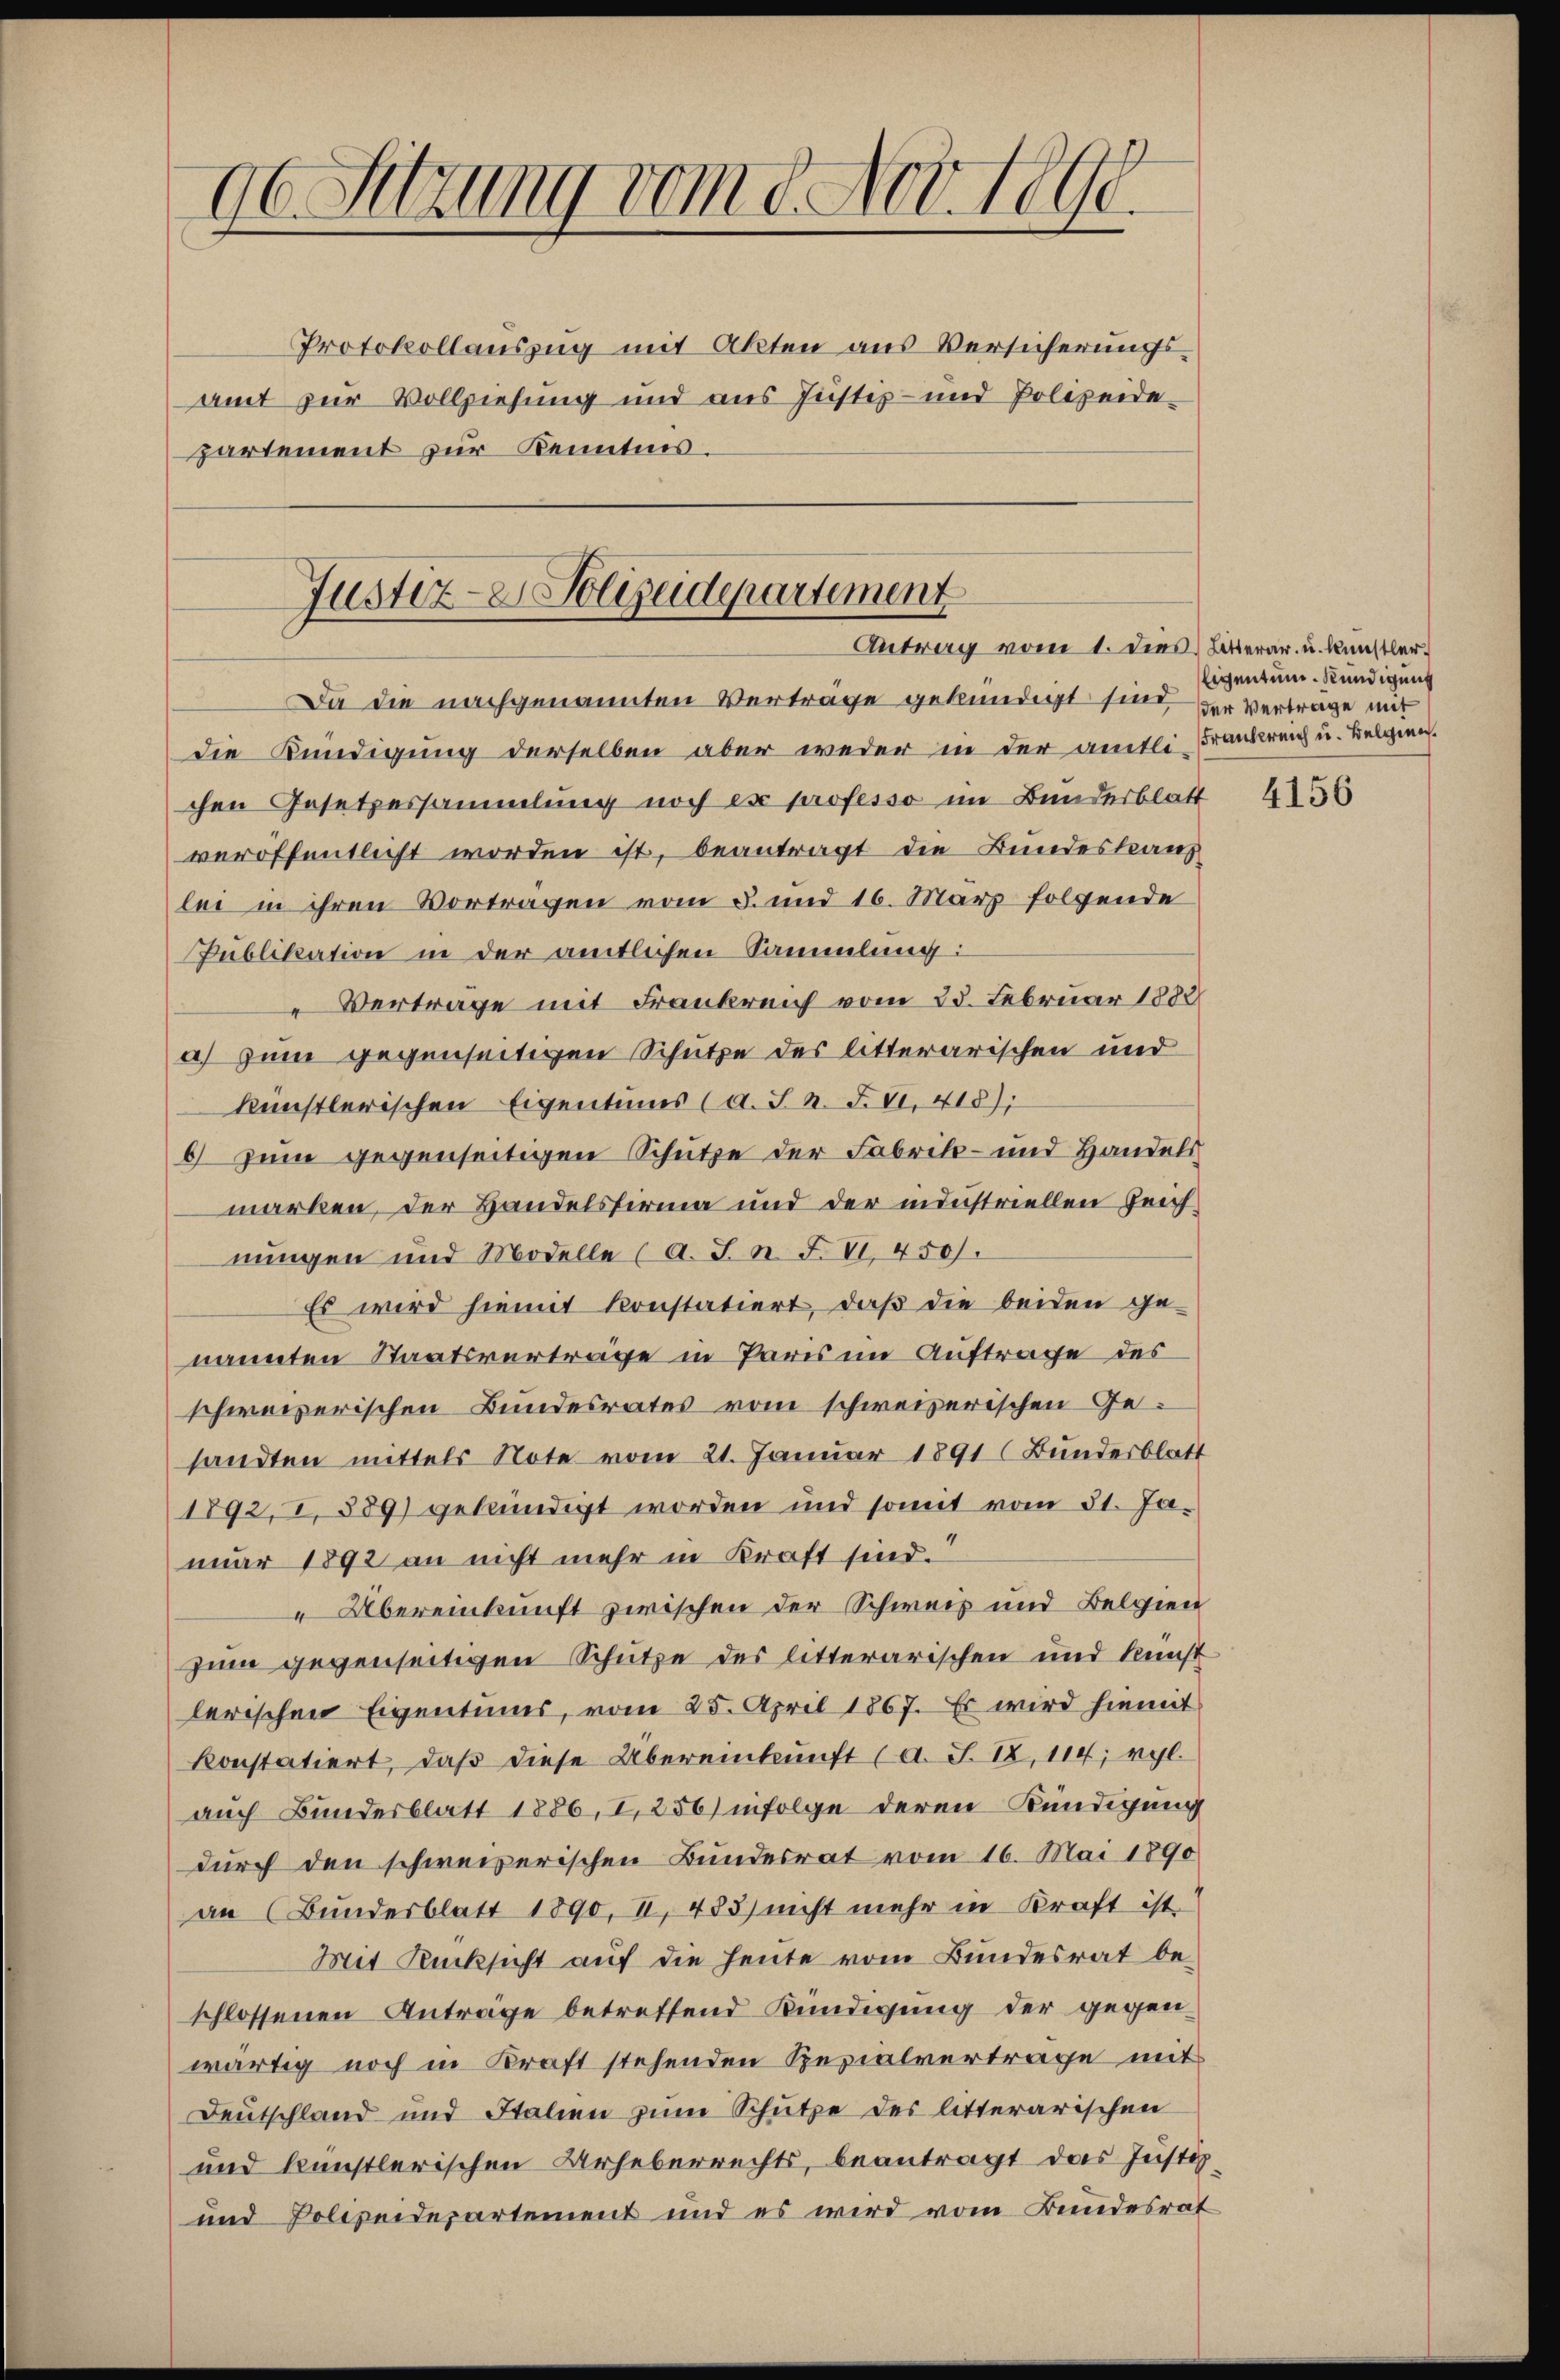
06 Sitzung vom 8. Nov. 1890.

Protokollauszug mit Akten aus Versicherungsamt zur Vollziehung und aus Justiz- und Polizeide-
partement zur Kenntnis.

Justiz- & Polizeidepartement
Antrag vom 1. dies Litterar. u. künstler

Da die nachgenannten Verträge gekündigt sind, der Vertrage mit
die Kündigung derselben aber weder in der amtli-Frankreich u. Belgien.
chen Gesetzessammlung noch ex professo im Bundesblatt
veröffentlicht worden ist, beantragt die Bundeskauf
lei in ihren Vortragen vom 5. und 16. März folgende
Publikation in der amtlichen Sammlung:
Vertrage mit Frankreich vom 25. Februar 1882
a) zum gegenseitigen Schutze des litterarischen und
künstlerischen Eigentums (d. J. n. F. VI. 418);
6 zum gegenseitigen Schutze der Fabrik- und Handels
marken, der Handelsfirma und der industriellen Zeich
nungen und Modelle (a. J. n. F. VI. 450.
Es wird hiemit konstatiert, daβ die beiden ge-
nannten Staatsverträge in Paris im Auftrage des
schweizerischen Bundesrates vom schweizerischen Gesandten mittels Note vom 21. Januar 1891 (Bundesblatt
1892, I, 559) gekündigt worden und somit vom 31. Ja-
nuar 1892 an nicht mehr in Kraft sind.
Übereinkunft zwischen der Schweiz und Belgien
zum gegenseitigen Schütze des litterarischen und Kunst
lerischen Eigentums, vom 25. April 1867. Es wird hiemit
konstatiert, daß diese Übereinkunft (d. S. IX. 114; vgl.
auch Bundesblatt 1886, I, 256) infolge deren Kündigung
durch den schweizerischen Bundesrat vom 16. Mai 1890
an (Bundesblatt 1890, II 485) nicht mehr in Kraft ist.
Mit Rücksicht auf die heute vom Bundesrat be-
schlossenen Anträge betreffend Kündigung der gegenwärtig noch in Kraft stehenden Spezialvertrage mit
Deutschland und Italien zum Schütze des litterarischen
und künstlerischen Urheberrechts, beantragt das Justiz,
und Polizeidepartement und es wird vom Bundesrat

ligentum. Kündigung

4156